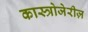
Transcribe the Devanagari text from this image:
कास्त्रोजेरीज़